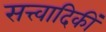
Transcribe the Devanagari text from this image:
सत्त्वादिकीं